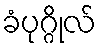
ခံပုဂ္ဂိုလ်